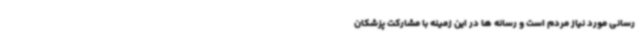
رسانی مورد نیاز مردم است و رسانه ها در این زمینه با مشارکت پزشکان